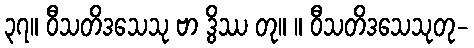
၃၇။ ဝီသတိဒသေသု ဗာ ဒွိဿ တု။ ။ ဝီသတိဒသေသုတု-